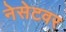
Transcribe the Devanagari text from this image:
नेसेटवर